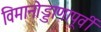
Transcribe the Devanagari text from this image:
विमानोड्डाणापूर्वी